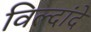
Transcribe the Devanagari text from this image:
विल्दांदे